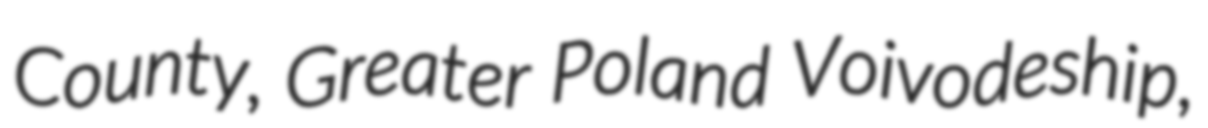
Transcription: County, Greater Poland Voivodeship,